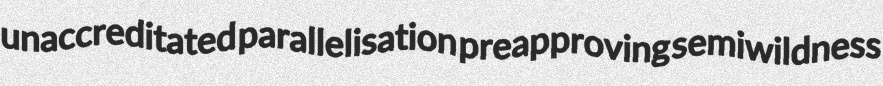
unaccreditated parallelisation preapproving semiwildness